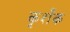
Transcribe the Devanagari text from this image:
कृशँक